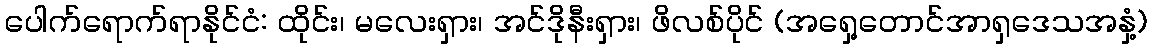
ပေါက်ရောက်ရာနိုင်ငံ: ထိုင်း၊ မလေးရှား၊ အင်ဒိုနီးရှား၊ ဖိလစ်ပိုင် (အရှေ့တောင်အာရှဒေသအနှံ့)